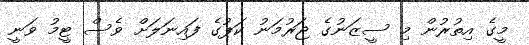
މީގެ އިތުރުން މި ސީޒަނުގެ ޖަރުމަނު ކަޕުގެ ފައިނަލަށް ވެސް ޓީމު ވަނީ